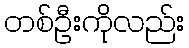
တစ်ဦးကိုလည်း